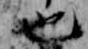
也